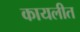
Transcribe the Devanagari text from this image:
कायलीत